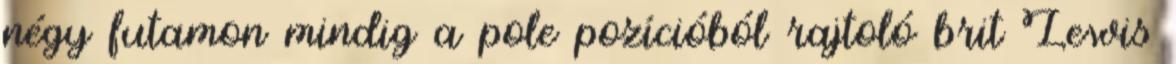
négy futamon mindig a pole pozícióból rajtoló brit Lewis